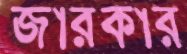
জারকার